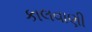
કાલવાણી